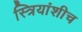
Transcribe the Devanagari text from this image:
स्त्रियांशीच